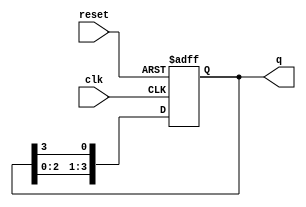
module ring_counter #(
    parameter N = 4  // Number of flip-flops (length of the ring counter)
) (
    input wire clk,      // Clock input
    input wire reset,    // Reset input
    output reg [N-1:0] q // Output representing the current state
);

    // Initial state is set to '100...0' (only the first flip-flop is high)
    always @(posedge clk or posedge reset) begin
        if (reset) begin
            q <= 1'b1; // Set the first flip-flop to '1' and others to '0'
        end else begin
            // Shift the '1' around the ring
            q <= {q[N-2:0], q[N-1]}; // Shift left and wrap around
        end
    end

endmodule